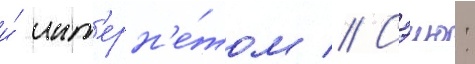
и́ инт'ерн'е́том // Сэию: